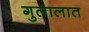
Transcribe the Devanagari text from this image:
गुलालात